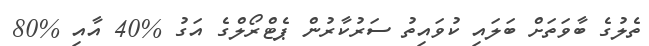
ތެލުގެ ބާވަތަށް ބަލައި ކުވައިތު ސަރުކާރުން ޕެޓްރޯލްގެ އަގު %40 އާއި %80